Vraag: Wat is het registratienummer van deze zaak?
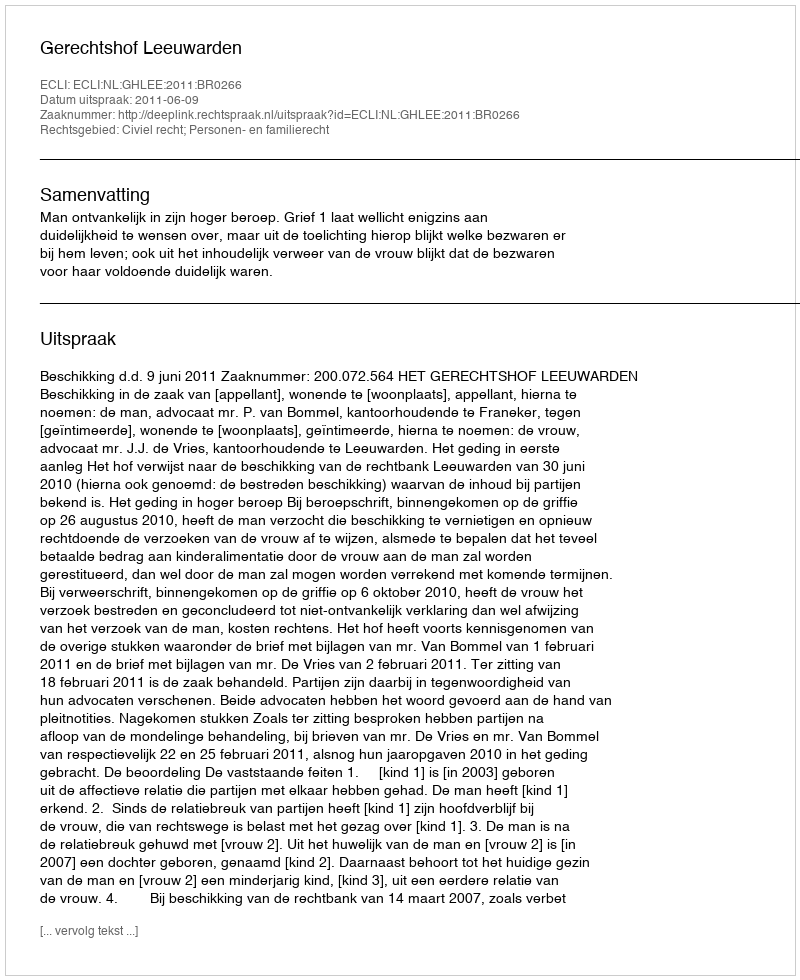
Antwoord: http://deeplink.rechtspraak.nl/uitspraak?id=ECLI:NL:GHLEE:2011:BR0266